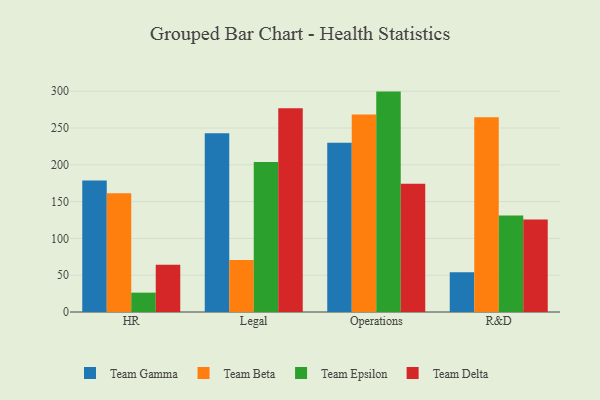
{"axis": {"x": "Department", "y": "Operating Costs (USD K)"}, "legend": ["Team Beta", "Team Delta", "Team Epsilon", "Team Gamma"], "data": [{"x": "HR", "y": 178.8, "type": "Team Gamma"}, {"x": "HR", "y": 161.3, "type": "Team Beta"}, {"x": "HR", "y": 26.3, "type": "Team Epsilon"}, {"x": "HR", "y": 64.1, "type": "Team Delta"}, {"x": "Legal", "y": 243.0, "type": "Team Gamma"}, {"x": "Legal", "y": 70.5, "type": "Team Beta"}, {"x": "Legal", "y": 204.0, "type": "Team Epsilon"}, {"x": "Legal", "y": 277.0, "type": "Team Delta"}, {"x": "Operations", "y": 229.9, "type": "Team Gamma"}, {"x": "Operations", "y": 268.4, "type": "Team Beta"}, {"x": "Operations", "y": 299.5, "type": "Team Epsilon"}, {"x": "Operations", "y": 174.4, "type": "Team Delta"}, {"x": "R&D", "y": 53.9, "type": "Team Gamma"}, {"x": "R&D", "y": 264.8, "type": "Team Beta"}, {"x": "R&D", "y": 131.2, "type": "Team Epsilon"}, {"x": "R&D", "y": 125.6, "type": "Team Delta"}]}